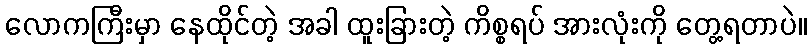
လောကကြီးမှာ နေထိုင်တဲ့ အခါ ထူးခြားတဲ့ ကိစ္စရပ် အားလုံးကို တွေ့ရတာပဲ။